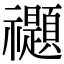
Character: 禵